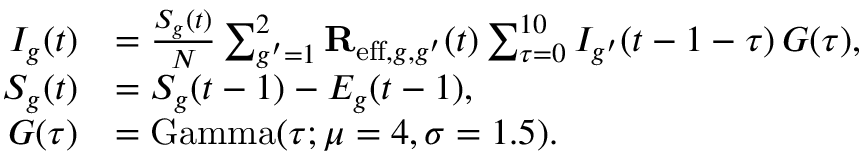
\begin{array} { r l } { I _ { g } ( t ) } & { = \frac { S _ { g } ( t ) } { N } \sum _ { g ^ { \prime } = 1 } ^ { 2 } \mathbf { R } _ { \mathrm { e f f } , g , g ^ { \prime } } ( t ) \sum _ { \tau = 0 } ^ { 1 0 } I _ { g ^ { \prime } } ( t - 1 - \tau ) \, G ( \tau ) , } \\ { S _ { g } ( t ) } & { = S _ { g } ( t - 1 ) - E _ { g } ( t - 1 ) , } \\ { G ( \tau ) } & { = \mathrm { G a m m a } ( \tau ; \mu = 4 , \sigma = 1 . 5 ) . } \end{array}